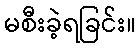
မစီးခဲ့ရခြင်း။